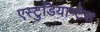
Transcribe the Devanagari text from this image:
एस्टुडियान्टेस